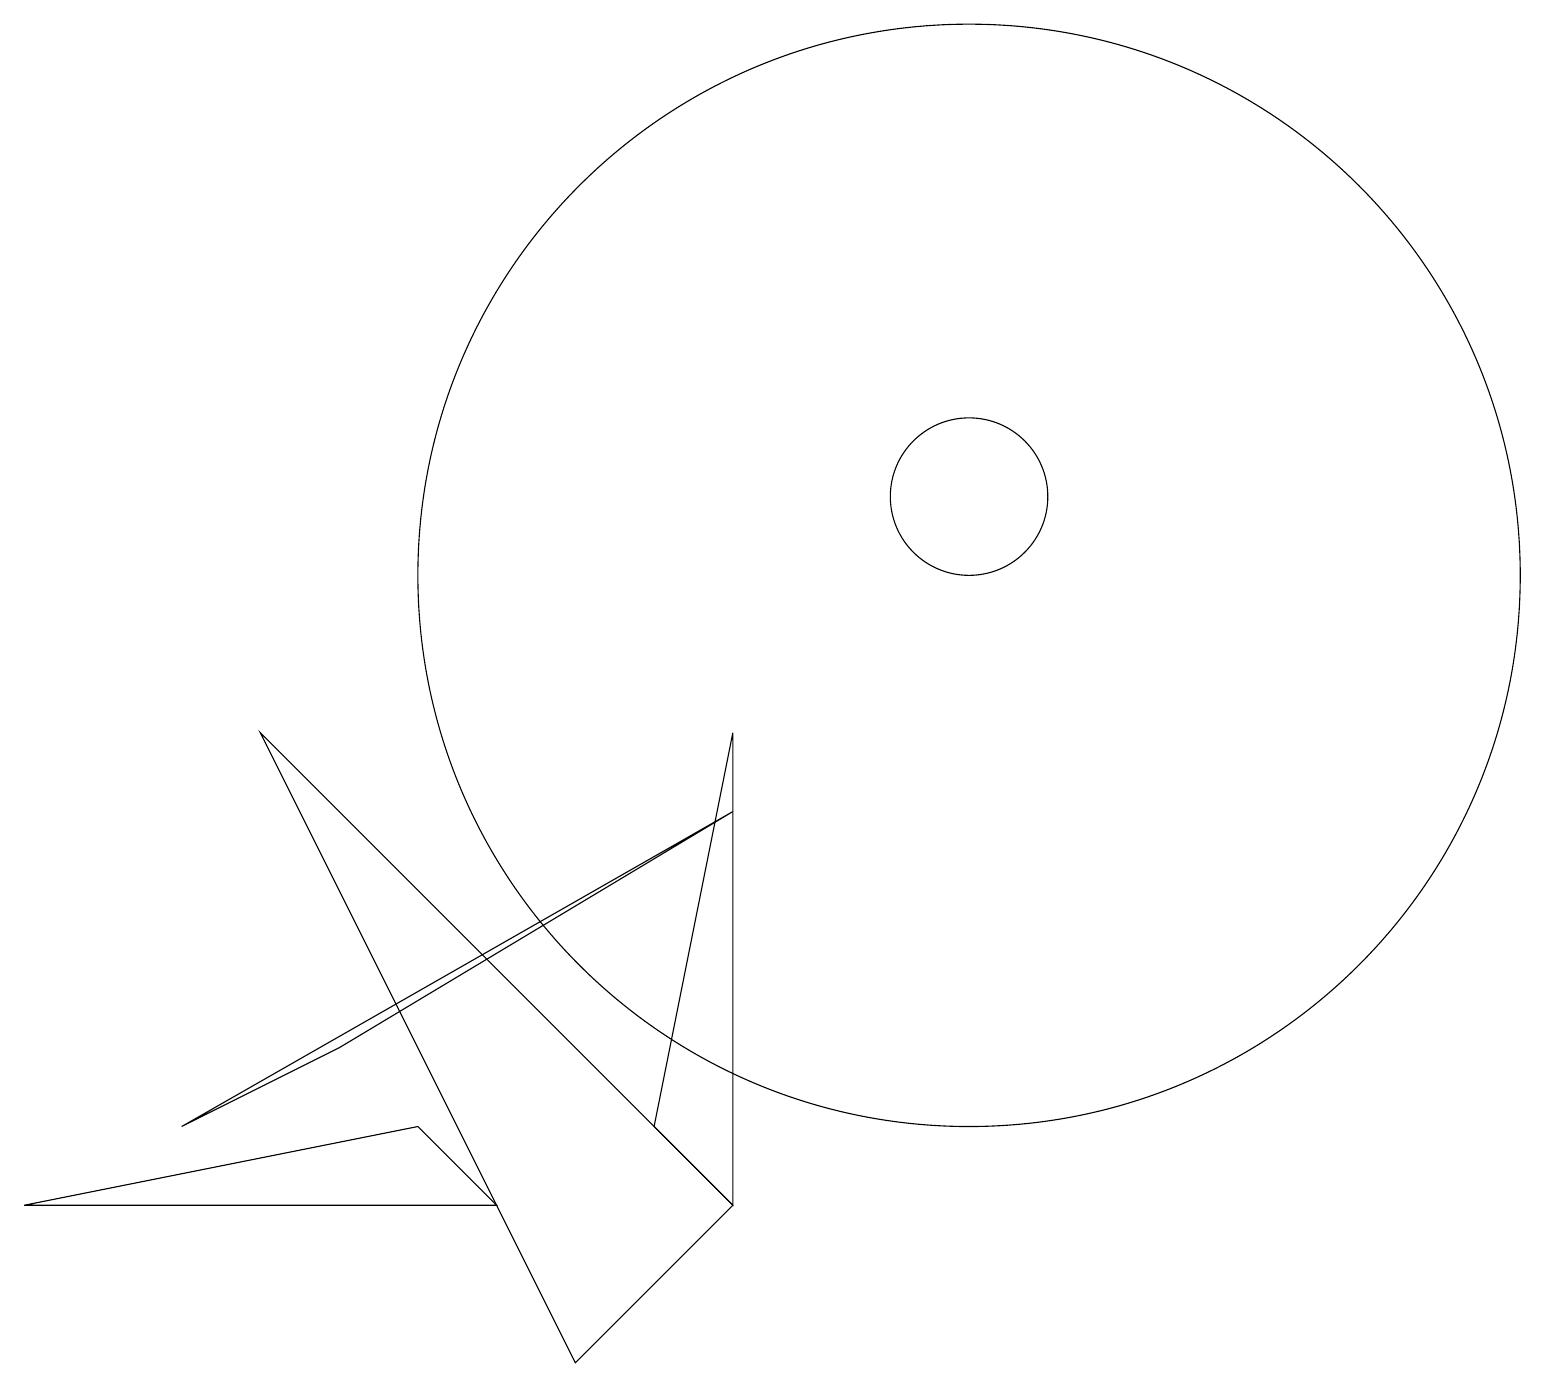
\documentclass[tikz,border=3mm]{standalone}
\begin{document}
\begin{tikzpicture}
\draw (12,10) circle (7);
\draw (0,2) -- (6,2) -- (5,3) -- cycle;
\draw (9,8) -- (9,2) -- (8,3) -- cycle;
\draw (7,0) -- (3,8) -- (9,2) -- cycle;
\draw (12,11) circle (1);
\draw (9,7) -- (4,4) -- (2,3) -- cycle;
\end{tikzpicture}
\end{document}